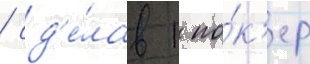
/ сд'е́лав 1 по́к'ер